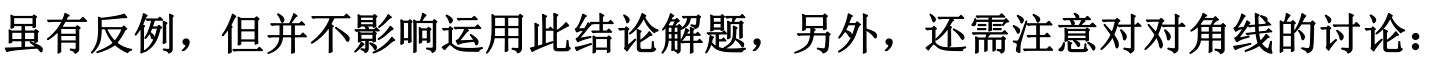
虽有反例，但并不影响运用此结论解题，另外，还需注意对对角线的讨论：